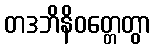
တဒဘိနိဝတ္တေတွာ